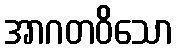
အာဂတဝိသော